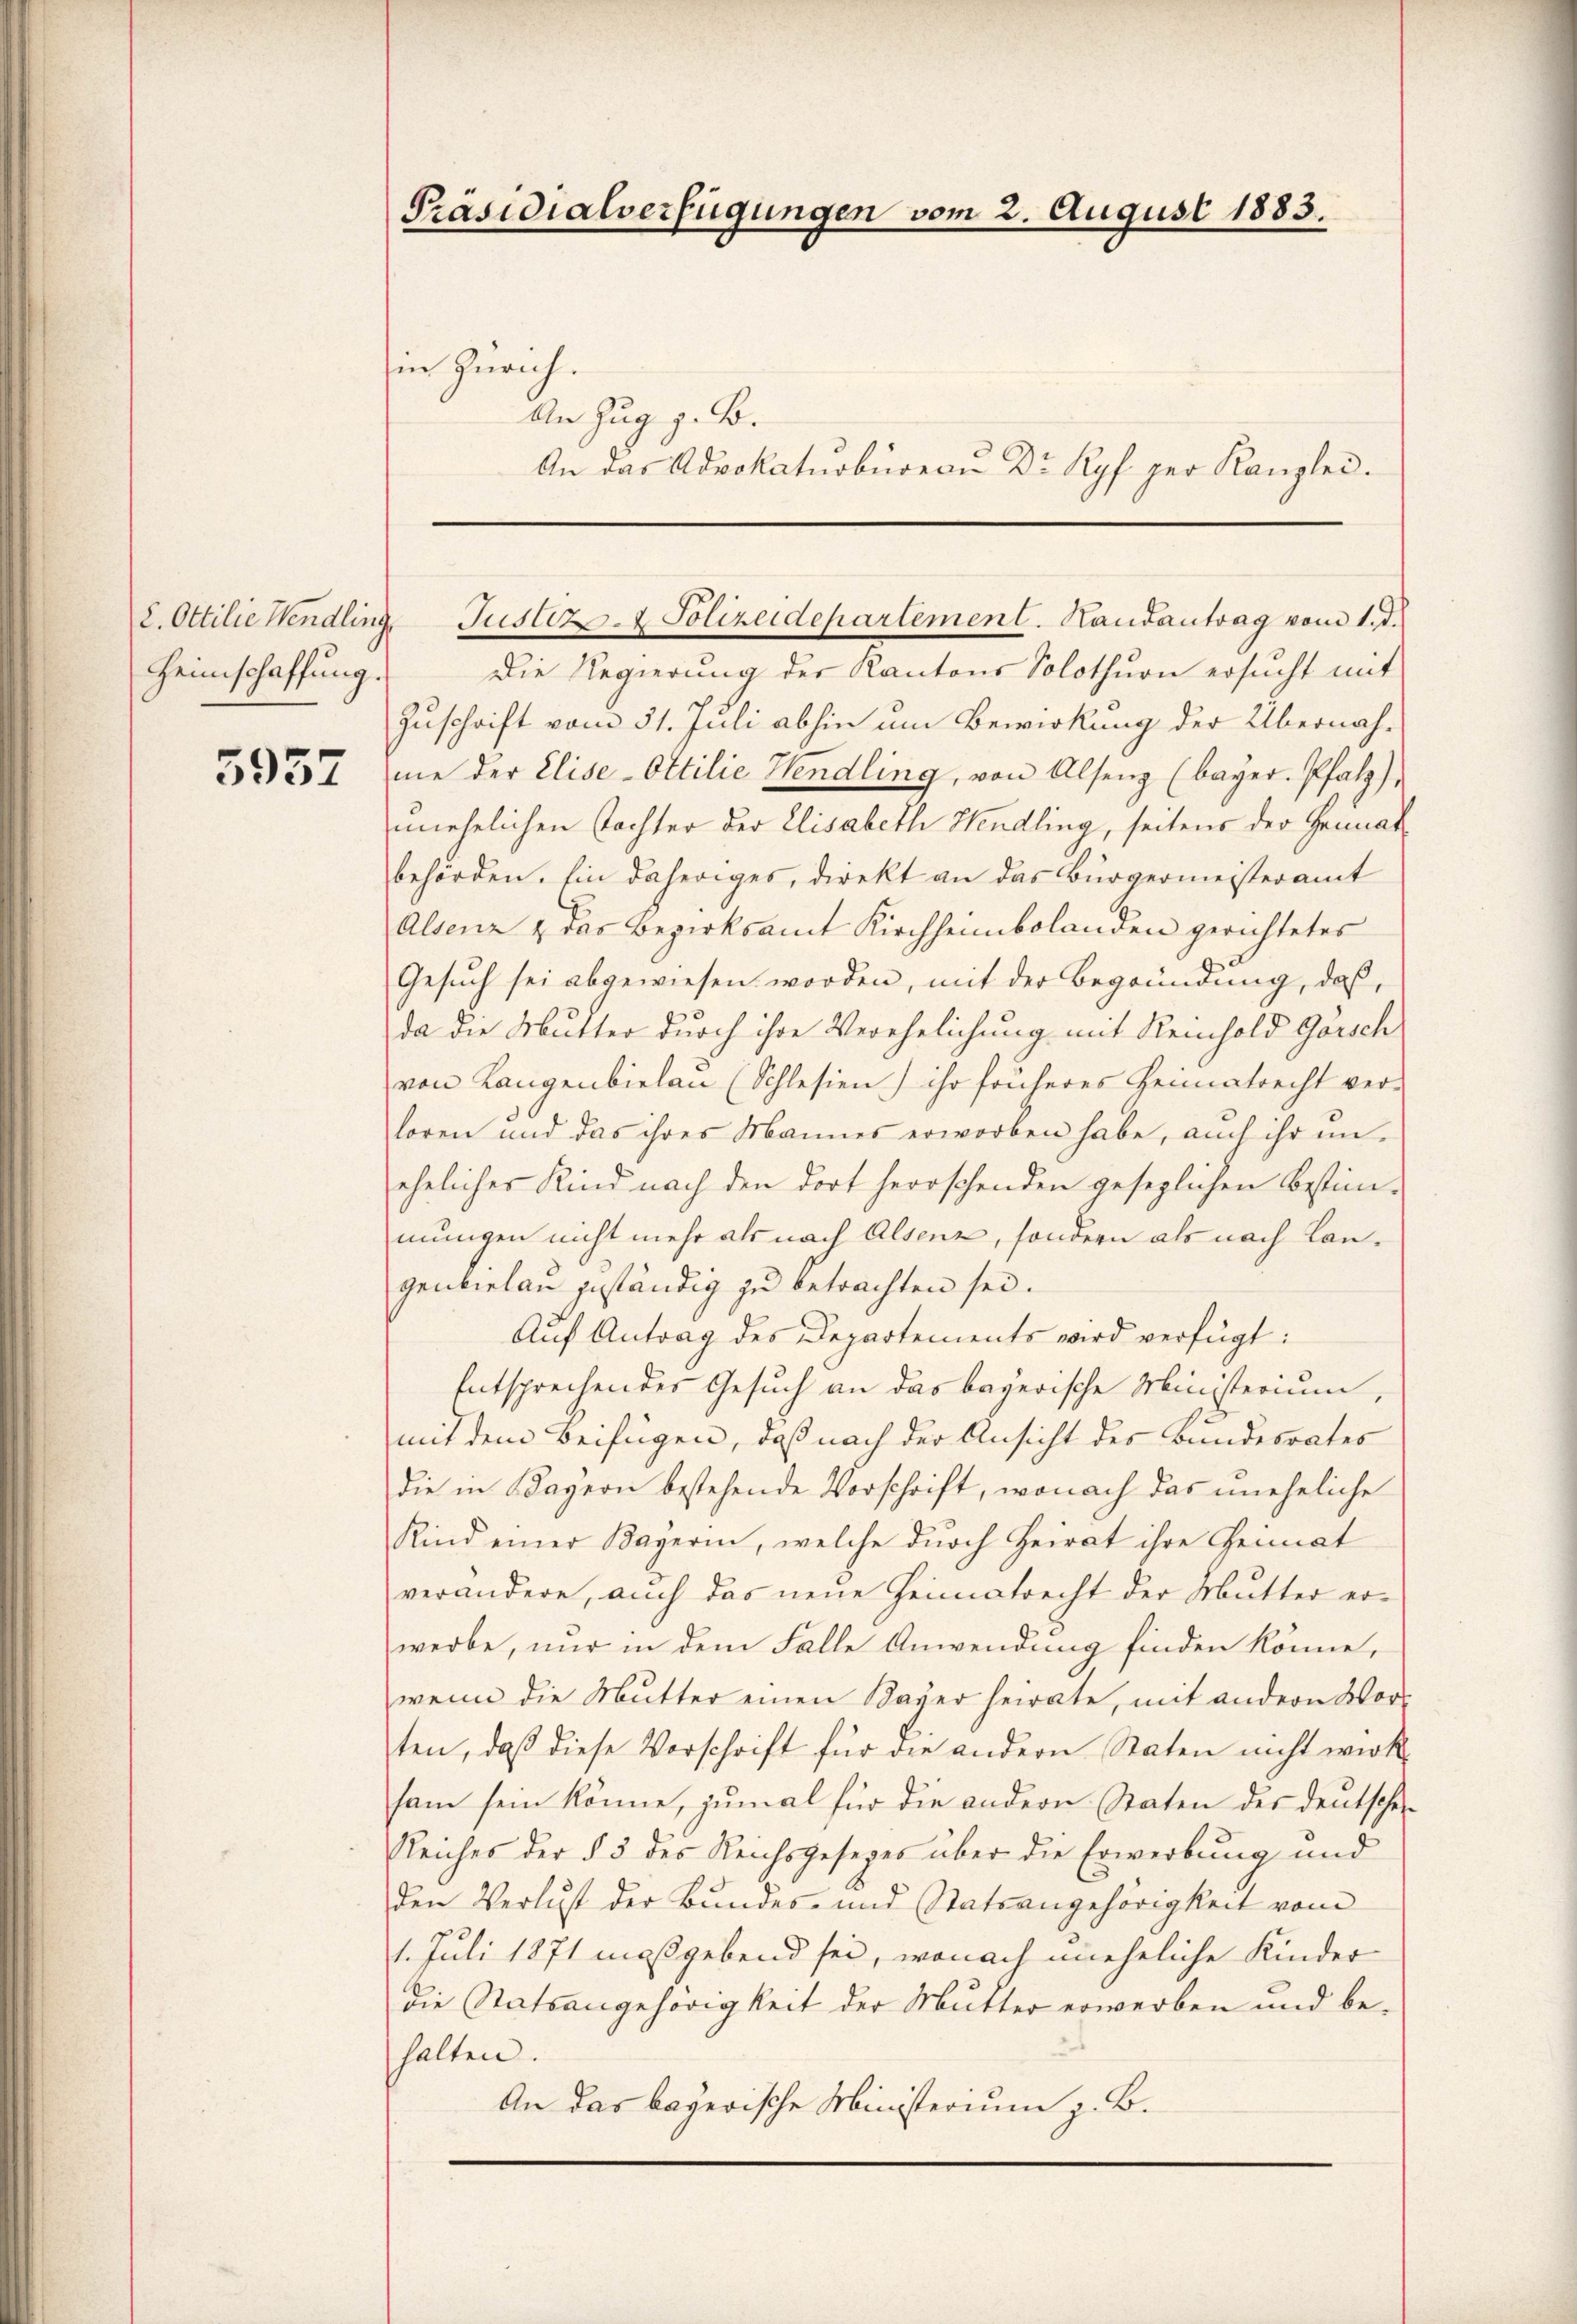
2. Ottilie Hendling
Heimschaffung.

5957

Präsidialverfügungen vom 2. August 1883.

in Zürich.
An Zug z. B.

Die Regierung der Kantons Solothurn ersucht mit
Zuschrift vom 31. Juli abhin um Bewirkung der Übernahme der Elise-Ottilie Hendling, von Alseng (bayer. Pfalz),
unehelichen Tochter der Elisabeth Hendling, seitens der Genuat
behörden. Ein daheriges, direkt an das Bürgermeisteramt
Alsenz & das Bezirksamt Kirchheimbolanden gerichtetes
Gesuch sei abgewiesen worden, mit der Begründung, daß,
da die Mutter durch ihre Verehelichung mit Reinhold Gässch
von Langenbielau (Schlesien) ihr früheres Heimatrecht ver-
loren und das ihres Mannes erworben habe, auch ihr uneheliches Kind nach den dort herrschenden gesezlichen Bestim-
mungen nicht mehr als nach Alsenz, sondern als nach Langenbielau geständig zu betrachten sei.
Auf Antrag des Departements wird verfügt:
Entsprechen der Gesuch an das bayerische Ministerium,
mit dem Beifügen, daß nach der Ansicht des Bundesrates
die in Kayern bestehende Vorschrift, wonach das uneheliche
Kind einer Bagerin, welche durch Heirat ihre Heimat
verändere, auch das neue Heimatrecht der Mutter erwerbe, nur in dem Falle Anwendung finden könne,
wenn die Mutter einen Bayer heirate, mit andern Vor-
ten, daβ diese Vorschrift für die andern Staten nicht wirk-
sam sein könne, zumal für die andern Staten des deutschen
Reiches der § 3 des Reichsgesezes über die Erwerbung und
den Verlust der Bundes- und Statsangehörigkeit vom
1. Juli 1871 maßgebend sei, wonach uneheliche Kinder
die Statsangehörigkeit der Mutter erwerben und behalten.
An das bayerische Ministerium z. B.

An das Advokaturbüreaŭ Dr Ryf per Kanzlei.

Justiz- & Polizeidepartement. Handantrag vom 1. d.